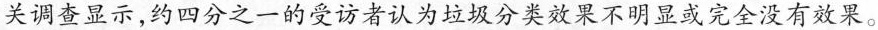
关调查显示，约四分之一的受访者认为垃圾分类效果不明显或完全没有效果。